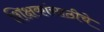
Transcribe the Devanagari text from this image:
शिक्षकांसाठीचे